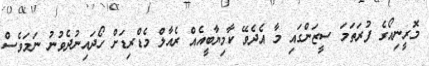
މޮރީނިއޯގެ ފުރަތަމަ ސީޒަންގައި މާ އެދެވޭ ކާމިޔާބީއެއް ރެއާލް މެޑްރިޑަށް ހޯދައިނުދެވުނު ނަމަވެސް